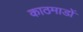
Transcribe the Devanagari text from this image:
काठमाडों